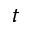
t